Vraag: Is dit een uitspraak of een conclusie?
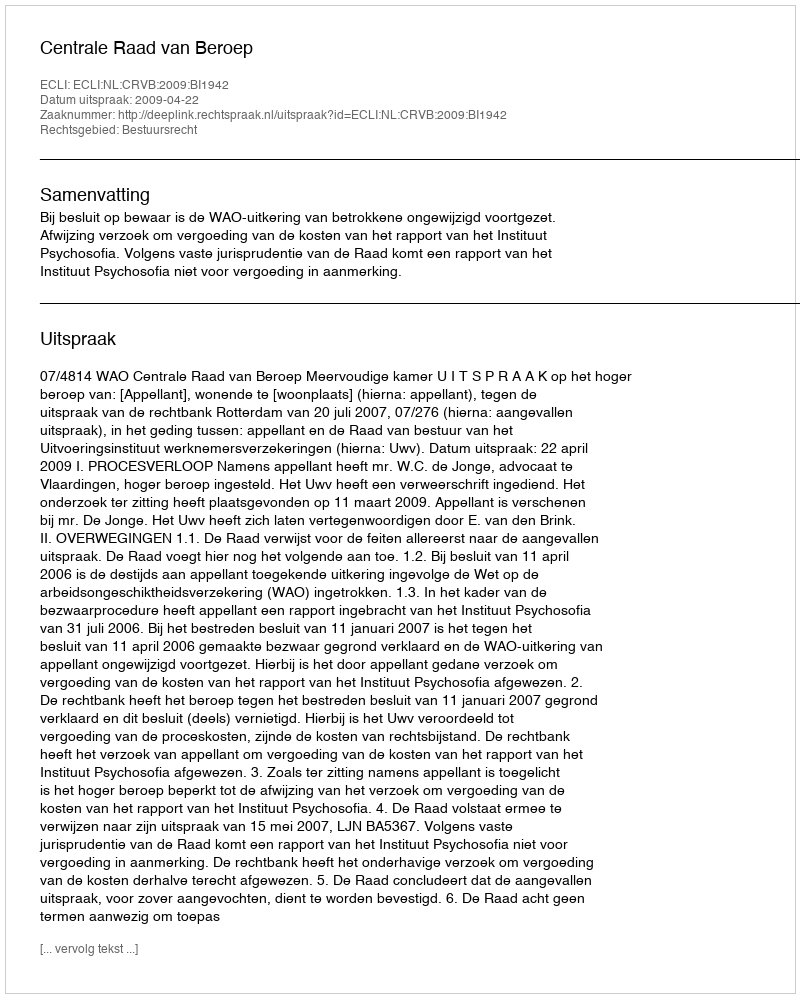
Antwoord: Uitspraak